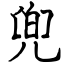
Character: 兜